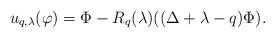
LaTeX: \begin{align*}u_{q,\lambda}(\varphi)=\Phi-R_q(\lambda)((\Delta +\lambda -q)\Phi).\end{align*}